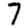
Digit: 7